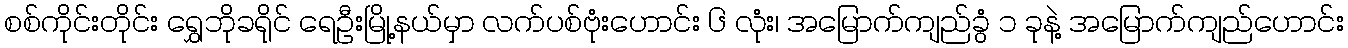
စစ်ကိုင်းတိုင်း ရွှေဘိုခရိုင် ရေဦးမြို့နယ်မှာ လက်ပစ်ဗုံးဟောင်း ၆ လုံး၊ အမြောက်ကျည်ခွံ ၁ ခုနဲ့ အမြောက်ကျည်ဟောင်း